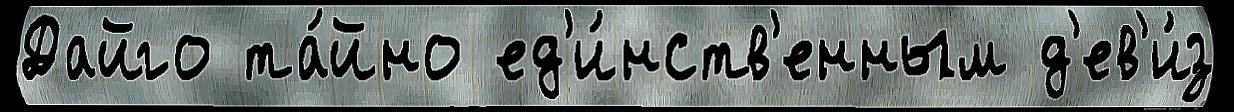
Дайго та́йно ед'и́нств'енным д'ев'и́з